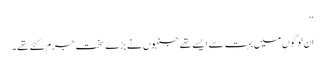
‘‘
ان لوگوں میں بہت سے ایسے تھے جنہوں نے بڑے سخت جرم کئے تھے۔